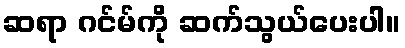
ဆရာ ဂင်မ်ကို ဆက်သွယ်ပေးပါ။